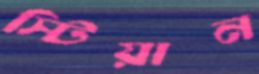
স্টিয়ান